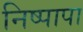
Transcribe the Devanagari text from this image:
निष्पापा